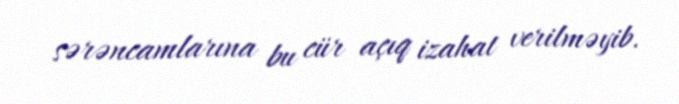
sərəncamlarına bu cür açıq izahat verilməyib.